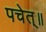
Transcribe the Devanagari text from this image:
पचेत्॥